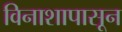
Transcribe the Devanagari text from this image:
विनाशापासून